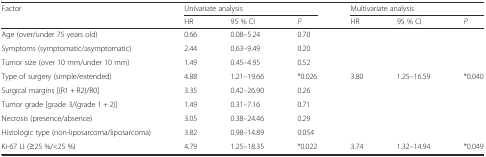
| <ROWSPAN=2> Factor | <COLSPAN=3> Univariate analysis | <COLSPAN=3> Multivariate analysis |
 | HR | 95 % CI | P | HR | 95 % CI | P |
 | --- | --- | --- | --- | --- | --- | --- |
 | Age (over/under 75 years old) | 0.66 | 0.08–5.24 | 0.70 |  |  |  |
 | Symptoms (symptomatic/asymptomatic) | 2.44 | 0.63–9.49 | 0.20 |  |  |  |
 | Tumor size (over 10 mm/under 10 mm) | 1.49 | 0.45–4.95 | 0.52 |  |  |  |
 | Type of surgery (simple/extended) | 4.88 | 1.21–19.66 | *0.026 | 3.80 | 1.25–16.59 | *0.040 |
 | Surgical margins [(R1 + R2)/R0] | 3.35 | 0.42–26.90 | 0.26 |  |  |  |
 | Tumor grade [grade 3/(grade 1 + 2)] | 1.49 | 0.31–7.16 | 0.71 |  |  |  |
 | Necrosis (presence/absence) | 3.05 | 0.38–24.46 | 0.29 |  |  |  |
 | Histologic type (non-liposarcoma/liposarcoma) | 3.82 | 0.98–14.89 | 0.054 |  |  |  |
 | Ki-67 LI (≥25 %/<25 %) | 4.79 | 1.25–18.35 | *0.022 | 3.74 | 1.32–14.94 | *0.049 |